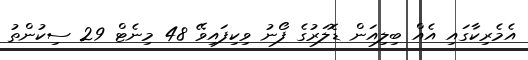
އެމެރިކާގައި އެއް ބިލިއަން ޑޮލަރުގެ ފޯނު ވިކިފައިވޭ 48 މިނެޓް 29 ސިކުންތު